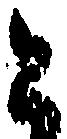
た